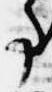
事